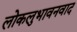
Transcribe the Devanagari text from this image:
लोकलुभावनवाद